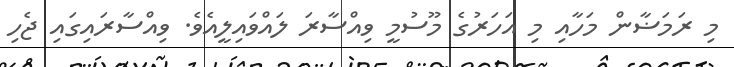
މި ރަމަޟާން މަހާއި މި އަހަރުގެ މޫސުމީ ވިއްސާރަ ލައްވައިލީއެވެ. ވިއްސާރައިގައި ޖެހި